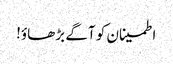
اطمینان کو آگے بڑھاؤ!